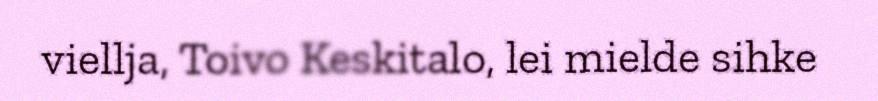
viellja, Toivo Keskitalo, lei mielde sihke